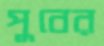
পুবের